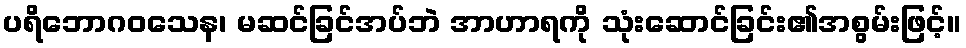
ပရိဘောဂဝသေန၊ မဆင်ခြင်အပ်ဘဲ အာဟာရကို သုံးဆောင်ခြင်း၏အစွမ်းဖြင့်။